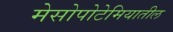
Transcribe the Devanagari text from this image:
मेसोपोटेमियातील